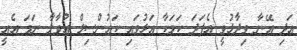
އަދި އޭނާ ވިދާޅުވީ އެފަދަ ކަމަކާ އަޅުވައި ކައުންސިލް އުވާލާ ނަމަ އެއީ